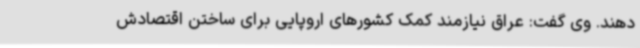
دهند. وی گفت: عراق نیازمند کمک کشورهای اروپایی برای ساختن اقتصادش